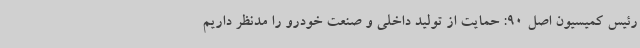
رئیس کمیسیون اصل 90: حمایت از تولید داخلی و صنعت خودرو را مدنظر داریم